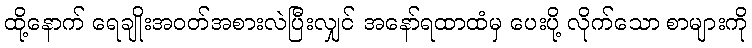
ထို့နောက် ရေချိုးအဝတ်အစားလဲပြီးလျှင် အနော်ရထာထံမှ ပေးပို့ လိုက်သော စာများကို